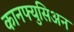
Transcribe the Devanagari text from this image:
कानफ्युसिअन